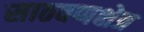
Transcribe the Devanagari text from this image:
साठवणक्षेत्र